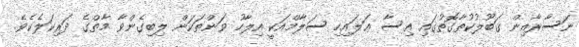
ނަސާރާއިން ޤަބޫލުކުތާގޮތުގައި ޢިސާ ޢަލައިހި ސަލާމްއަކީ އިލާހު ވަންތަކަން ލިބިގެންވާ މާތްގެ ދަރިކަލެކެވެ.